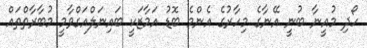
ހޯދި މުއީނާ ބުނީ އޭނާގެ މިހާރުގެ އެންމެ ބޮޑު އަމާޒަކީ ބައިނަލްއަގްވާމީ މުބާރާތްތައް